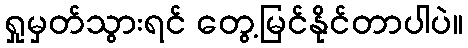
ရှုမှတ်သွားရင် တွေ့မြင်နိုင်တာပါပဲ။